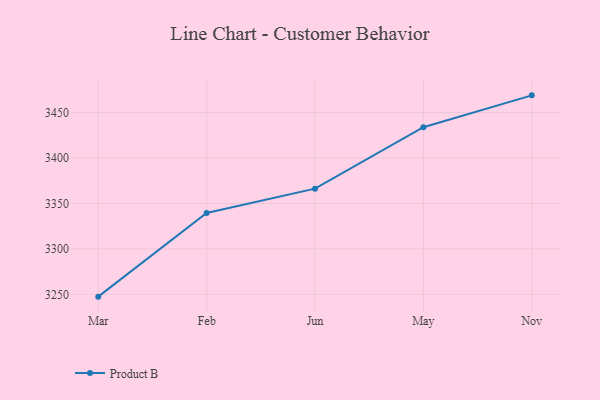
{"axis": {"x": "Month", "y": "Population (Million)"}, "legend": ["Product B"], "data": [{"x": "Mar", "y": 3247.5, "type": "Product B"}, {"x": "Feb", "y": 3339.5, "type": "Product B"}, {"x": "Jun", "y": 3366.3, "type": "Product B"}, {"x": "May", "y": 3433.9, "type": "Product B"}, {"x": "Nov", "y": 3469.0, "type": "Product B"}]}